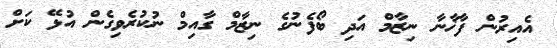
އެއިރުން ފާޚާނާ ނިޒާމް އަދި ބޯފެނުގެ ނިޒާމް ގާއިމް ނުކުރެވިގެން އުޅޭ ކަށް